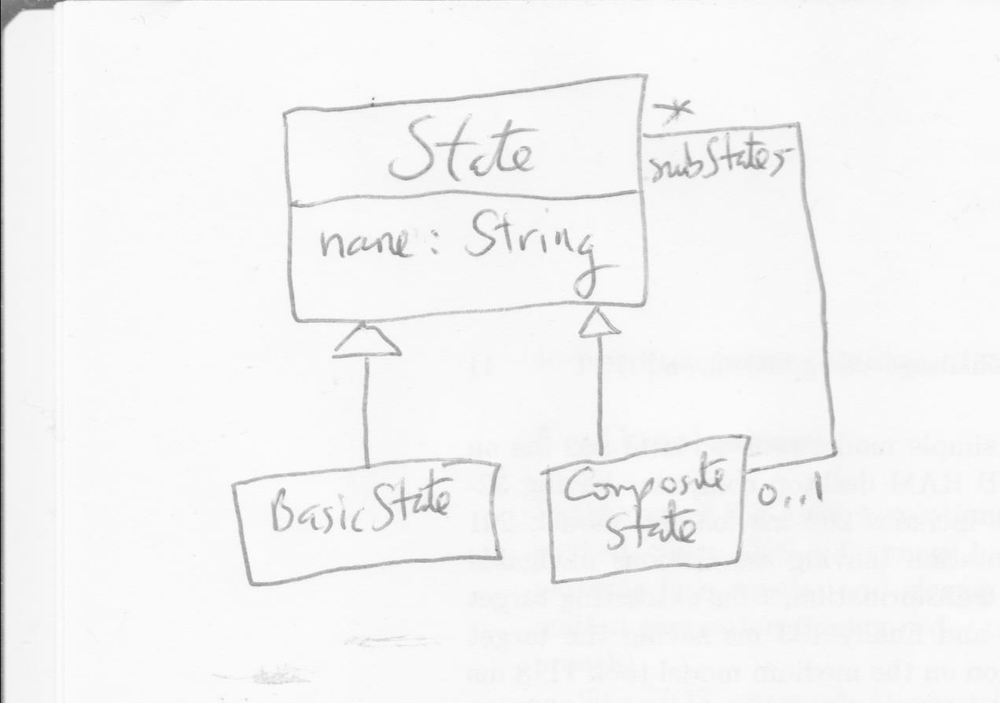
Diagram type: class_diagram
```plantuml
@startuml

left to right direction

class State {
  name: String
}
class CompositeState extends State

class BasicState extends State

State "subStates*" -- "0..1" CompositeState

@enduml
```